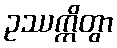
ဥဿက္ကိတွာ